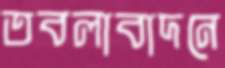
তবলাবাদনে